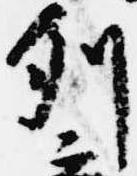
列